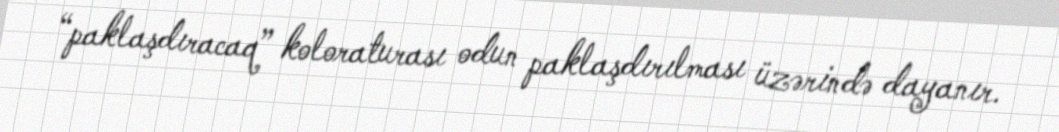
“paklaşdıracaq” koloraturası odun paklaşdırılması üzərində dayanır.